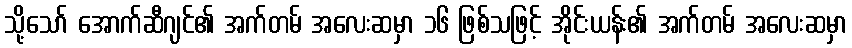
သို့သော် အောက်ဆီဂျင်၏ အက်တမ် အလေးဆမှာ ၁၆ ဖြစ်သဖြင့် အိုင်းယန်း၏ အက်တမ် အလေးဆမှာ